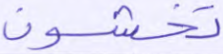
تخشون